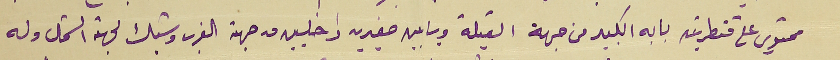
محتوي على قنطرتين بابه الكبير من جهة القبلة وبابين صغيرين داخليين من جهة الغرب وشباك لجهة الشمال وله